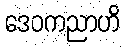
ဒေဝကညာဟိ